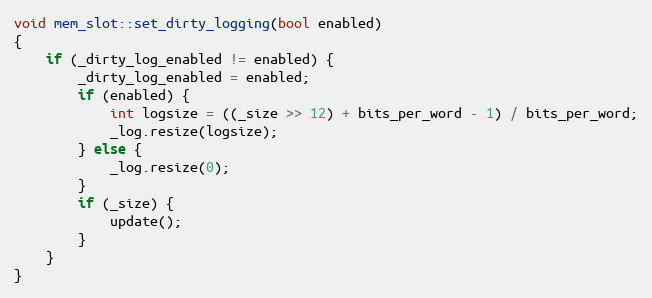
Language: C++
void mem_slot::set_dirty_logging(bool enabled)
{
    if (_dirty_log_enabled != enabled) {
        _dirty_log_enabled = enabled;
        if (enabled) {
            int logsize = ((_size >> 12) + bits_per_word - 1) / bits_per_word;
            _log.resize(logsize);
        } else {
            _log.resize(0);
        }
        if (_size) {
            update();
        }
    }
}